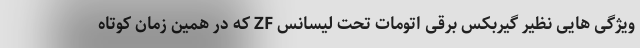
ویژگی هایی نظیر گیربکس برقی اتومات تحت لیسانس ZF که در همین زمان کوتاه